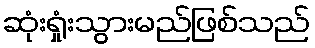
ဆုံးရှုံးသွားမည်ဖြစ်သည်